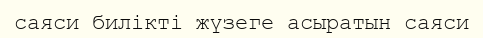
саяси билікті жүзеге асыратын саяси